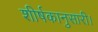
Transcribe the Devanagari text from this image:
शीर्षकानुसारी।